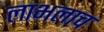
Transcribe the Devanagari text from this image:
लाभलाच